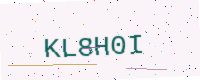
Text: KL8H0I